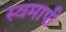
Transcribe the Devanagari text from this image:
स्वमापी